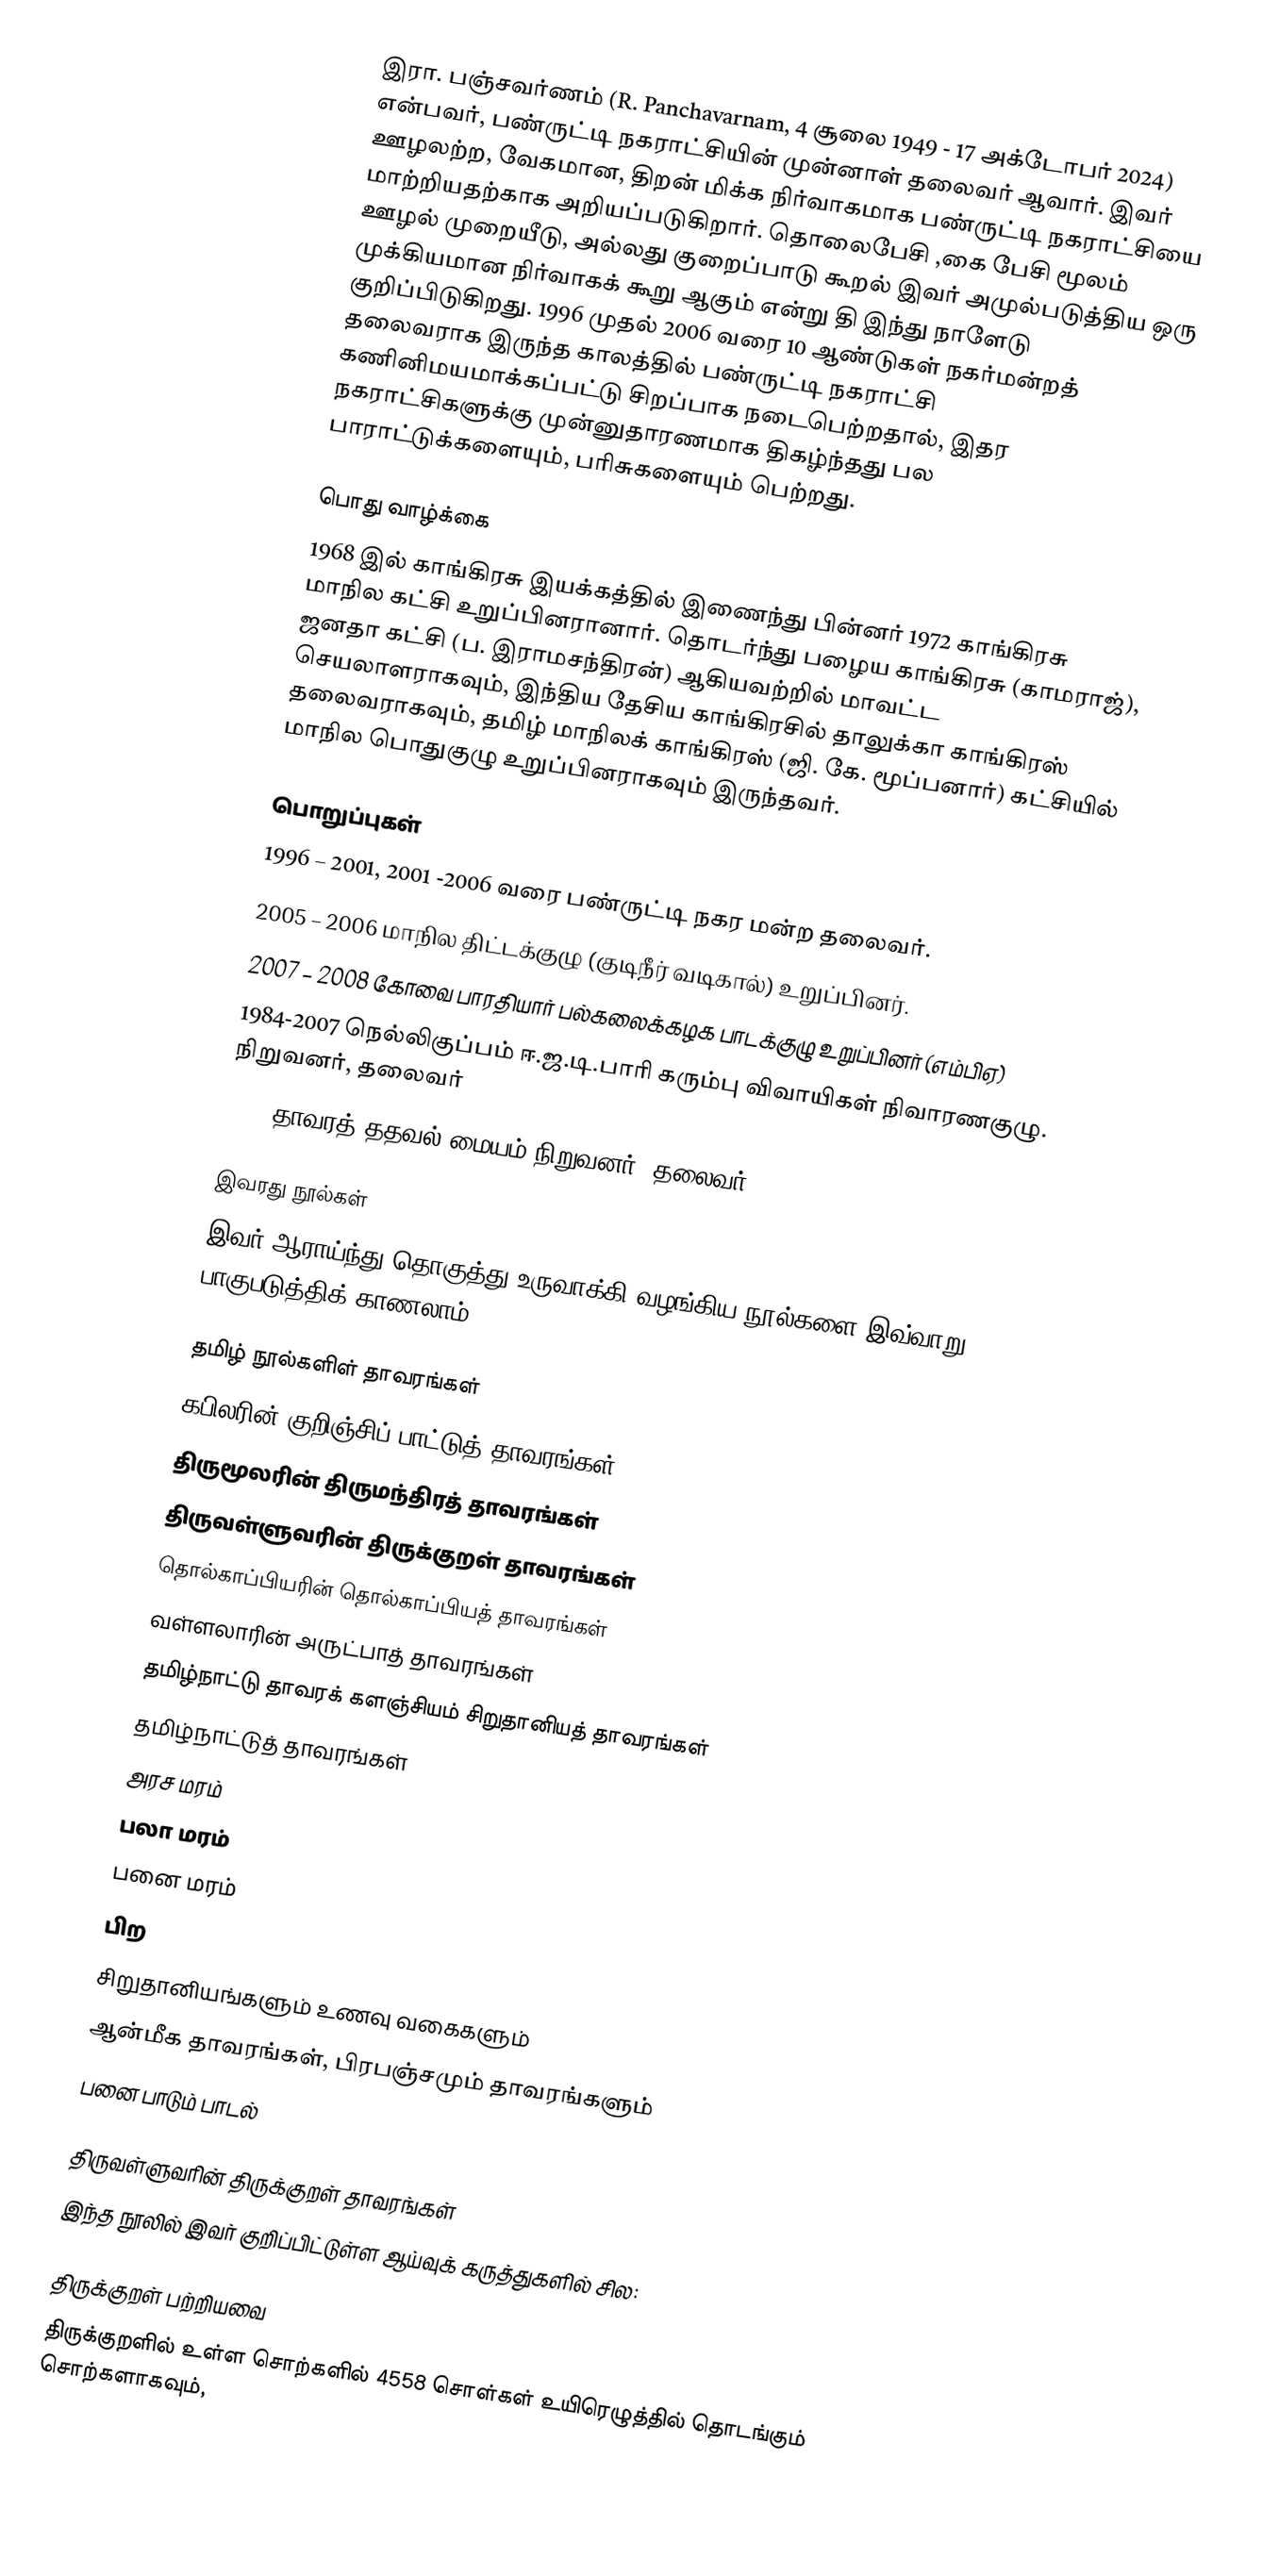
இரா. பஞ்சவர்ணம் (R. Panchavarnam, 4 சூலை 1949 - 17 அக்டோபர் 2024) என்பவர், பண்ருட்டி நகராட்சியின் முன்னாள் தலைவர் ஆவார். இவர் ஊழலற்ற, வேகமான, திறன் மிக்க நிர்வாகமாக பண்ருட்டி நகராட்சியை மாற்றியதற்காக அறியப்படுகிறார். தொலைபேசி ,கை பேசி மூலம் ஊழல் முறையீடு, அல்லது குறைப்பாடு கூறல் இவர் அமுல்படுத்திய ஒரு முக்கியமான நிர்வாகக் கூறு ஆகும் என்று தி இந்து நாளேடு குறிப்பிடுகிறது. 1996 முதல் 2006 வரை 10 ஆண்டுகள் நகர்மன்றத் தலைவராக இருந்த காலத்தில் பண்ருட்டி நகராட்சி கணினிமயமாக்கப்பட்டு சிறப்பாக நடைபெற்றதால், இதர நகராட்சிகளுக்கு முன்னுதாரணமாக திகழ்ந்தது பல பாராட்டுக்களையும், பரிசுகளையும் பெற்றது.

பொது வாழ்க்கை
1968 இல் காங்கிரசு இயக்கத்தில் இணைந்து பின்னர் 1972 காங்கிரசு மாநில கட்சி உறுப்பினரானார். தொடர்ந்து பழைய காங்கிரசு (காமராஜ்), ஜனதா கட்சி (ப. இராமசந்திரன்) ஆகியவற்றில் மாவட்ட செயலாளராகவும், இந்திய தேசிய காங்கிரசில் தாலுக்கா காங்கிரஸ் தலைவராகவும், தமிழ் மாநிலக் காங்கிரஸ் (ஜி. கே. மூப்பனார்) கட்சியில் மாநில பொதுகுழு உறுப்பினராகவும் இருந்தவர்.

பொறுப்புகள்
1996 – 2001, 2001 -2006 வரை பண்ருட்டி நகர மன்ற தலைவர்.
2005 – 2006 மாநில திட்டக்குழு (குடிநீர் வடிகால்) உறுப்பினர்.
2007 – 2008 கோவை பாரதியார் பல்கலைக்கழக பாடக்குழு உறுப்பினர் (எம்பிஏ)
1984-2007 நெல்லிகுப்பம் ஈ.ஜ.டி.பாரி கரும்பு விவாயிகள் நிவாரணகுழு. நிறுவனர், தலைவர்
2007-தாவரத் ததவல் மையம் நிறுவனர், தலைவர்

இவரது நூல்கள்
இவர் ஆராய்ந்து தொகுத்து உருவாக்கி வழங்கிய நூல்களை இவ்வாறு பாகுபடுத்திக் காணலாம்

தமிழ் நூல்களிள் தாவரங்கள்
 கபிலரின் குறிஞ்சிப் பாட்டுத் தாவரங்கள்
 திருமூலரின் திருமந்திரத் தாவரங்கள்
 திருவள்ளுவரின் திருக்குறள் தாவரங்கள்
 தொல்காப்பியரின் தொல்காப்பியத் தாவரங்கள்
 வள்ளலாரின் அருட்பாத் தாவரங்கள்
 தமிழ்நாட்டு தாவரக் களஞ்சியம் சிறுதானியத் தாவரங்கள்
தமிழ்நாட்டுத் தாவரங்கள்
 அரச மரம்
 பலா மரம்
 பனை மரம்
பிற
 சிறுதானியங்களும் உணவு வகைகளும்
 ஆன்மீக தாவரங்கள், பிரபஞ்சமும் தாவரங்களும்
 பனை பாடும் பாடல்

திருவள்ளுவரின் திருக்குறள் தாவரங்கள்
இந்த நூலில் இவர் குறிப்பிட்டுள்ள ஆய்வுக் கருத்துகளில் சில:

திருக்குறள் பற்றியவை
திருக்குறளில் உள்ள சொற்களில் 4558 சொள்கள் உயிரெழுத்தில் தொடங்கும் சொற்களாகவும்,